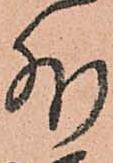
外